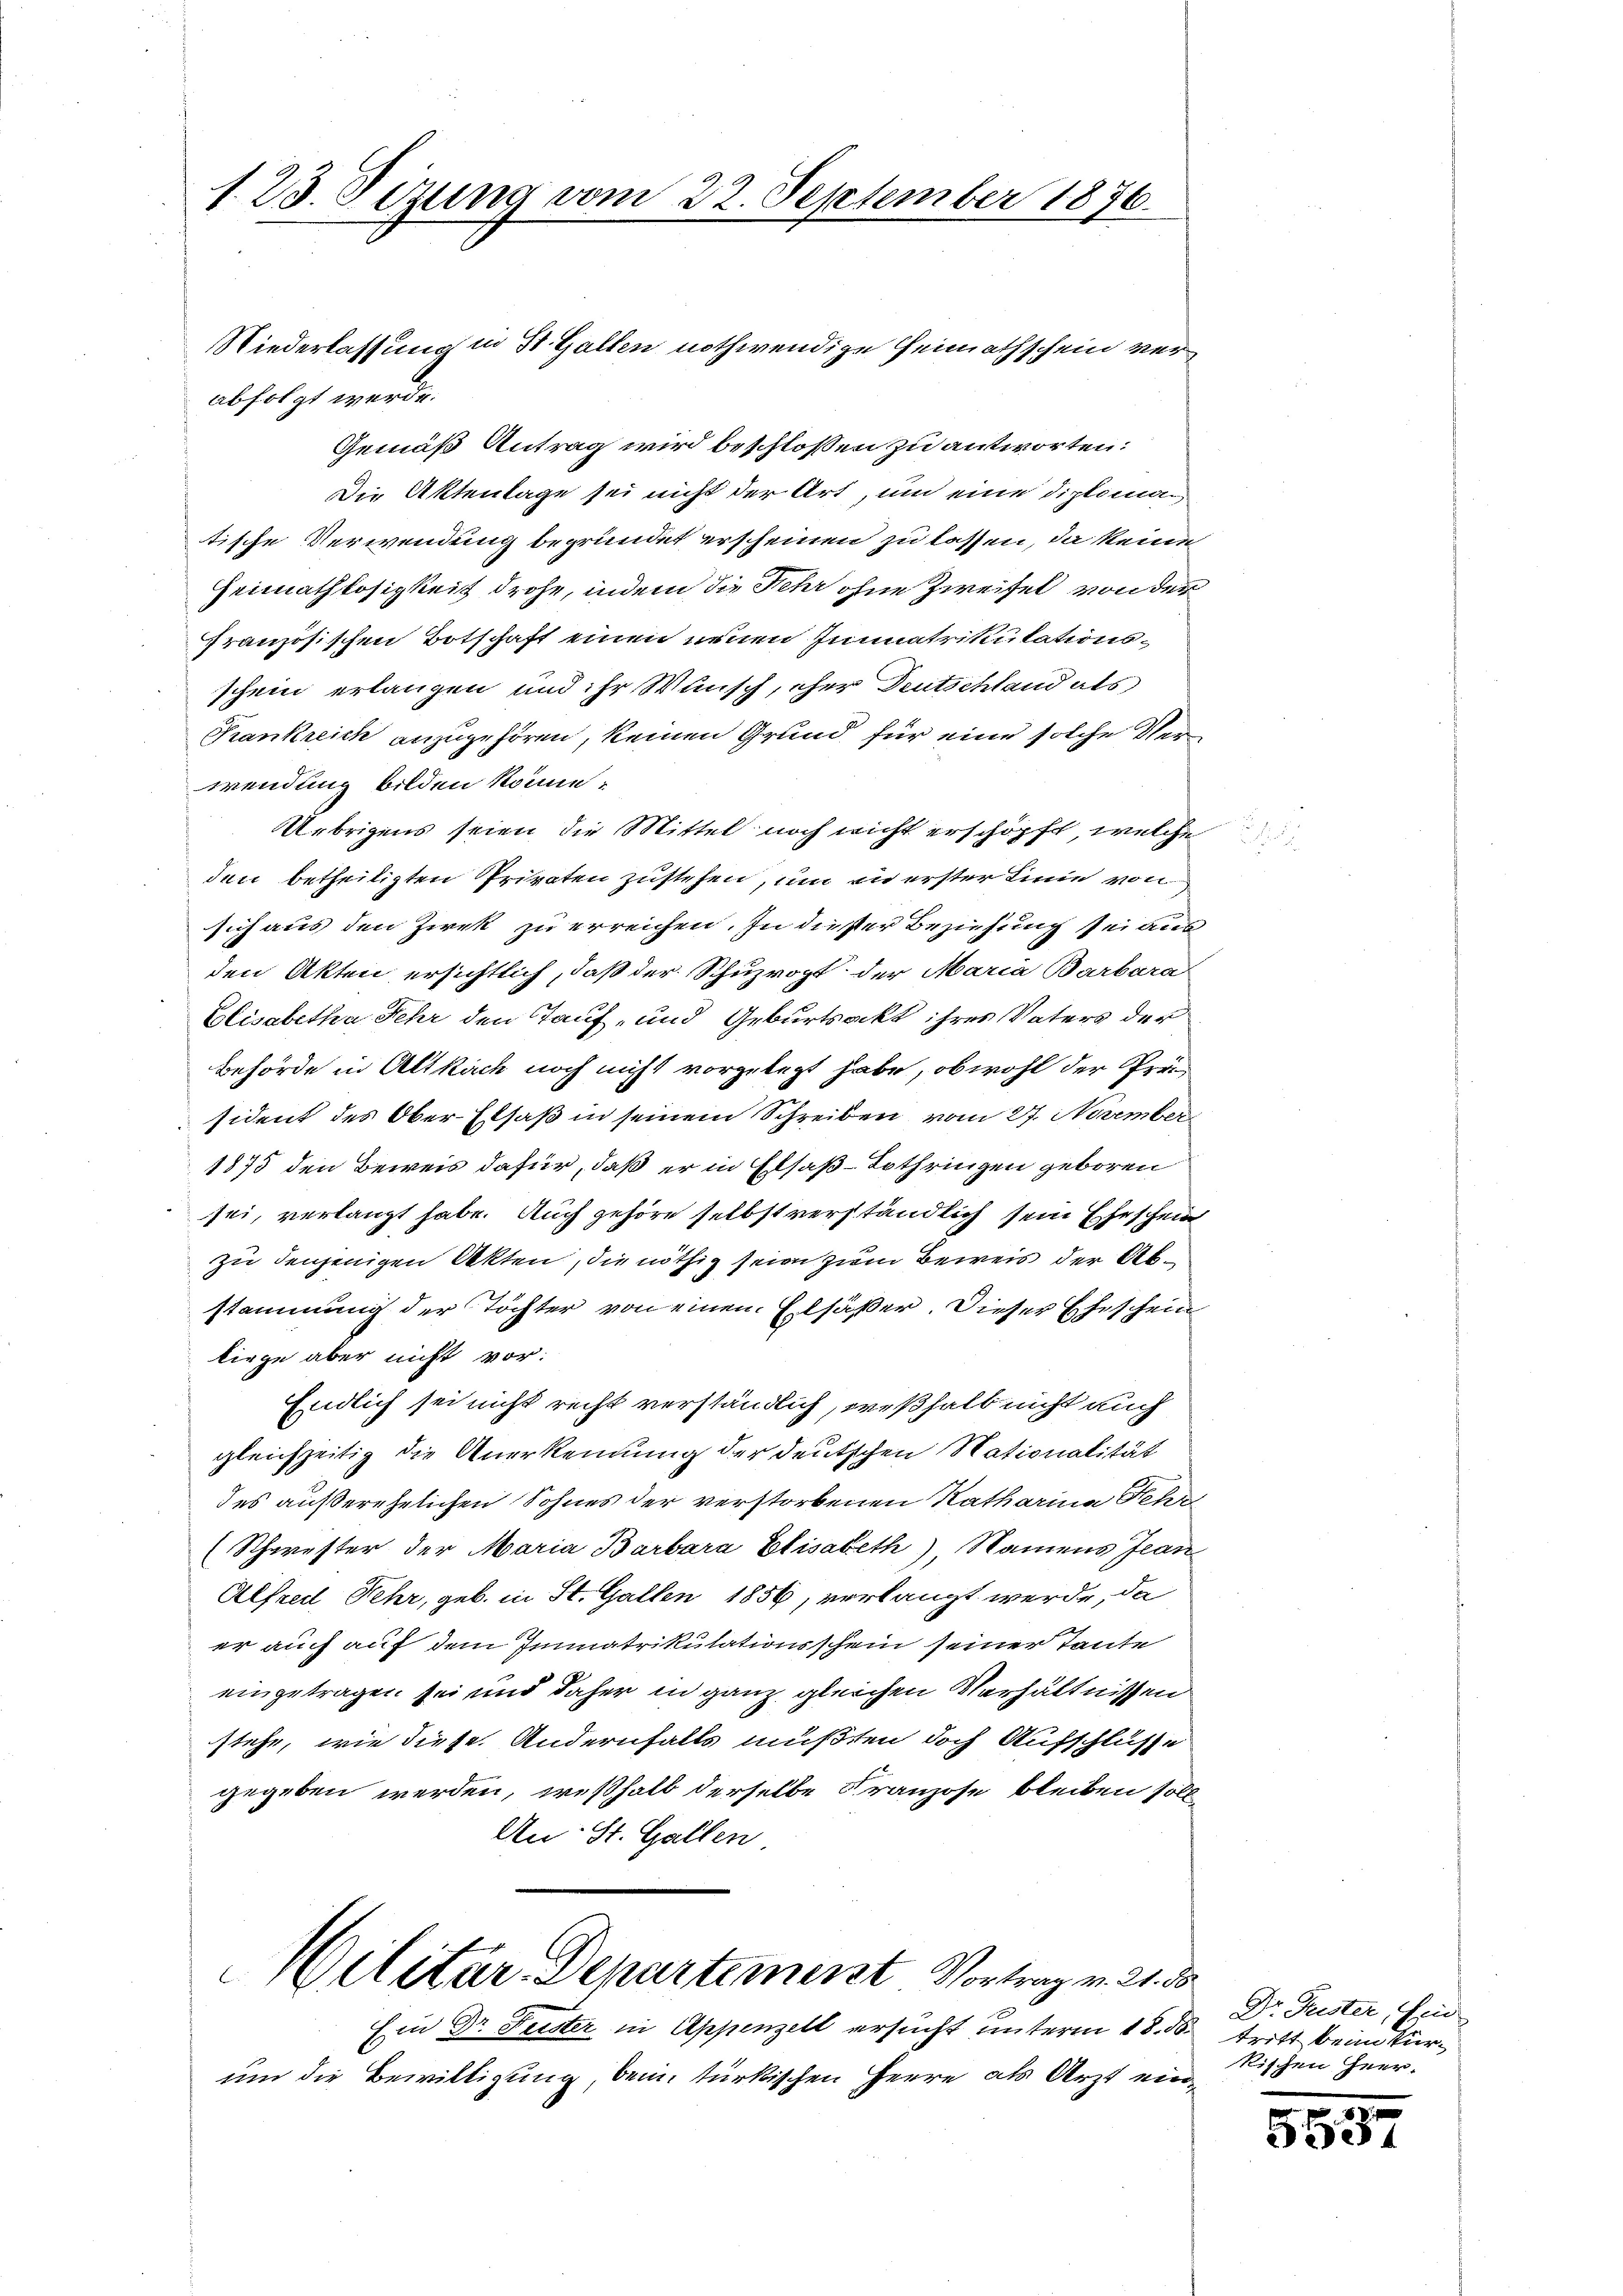
123. Sizung vom 22. September 1876.

Niederlassung in St. Gallen nothwendige Heimathschein ver¬
Gemäß Antrag wird beschlossen zu antworten:
Die Aktentage sei nicht der Art, um eine Diplomaitische Verwendung begründet erscheinen zu lassen, da keine
Heimathlosigkeit drohe, indem die Sehr ohne Zweifel von der
französischen Botschaft einen neuen Iunatrikulationsschein erlangen und ihr Wunsch, eher Deutschland als
Krankreich anzugehören, keinen Grund für eine solche Verwendung bilden könne,
Uebrigens seien die Mittel noch nicht erschöpft, welche
den betheiligten Privaten zustehen, um in erster Linie von
sich aus den Zirck zu erreichen. In dieser Beziehung sei aus
den Akten ersichtlich, daß der Schuzropt der Maria Barbara
Elisabetha Jehr den Tauf- und Geburtsakt ihres Vaters der
Behörde in Altkach noch nicht vorgelegt habe, obwohl der Präsident des Ober-Elsaß in seinem Schreiben vom 27. November
1875 den Beweis dafür, daß er in Elsaß-Lothringen geboren
sei, verlangt habe. Auch gehöre selbst verständlich sein Eheschein
zu denjenigen Akten, die nöthig seien zum Beweis der Abstammung der Töchter von einen Elsäßer. Dieser Eheschein
liege aber nicht vor.
Endlich sei nicht recht verständlich, weßhalb nicht auch
gleichzeitig die Anerkennung der deutschen Nationalität
des außerehelichen Sohnes der verstorbenen Katharina Fehr
(Schwester der Maria Barbara Elisabeth, Namens Jean
Alfred, Fehr, geb. in St. Gallen 1856, verlangt werde, da
er auch auf dem Immatrikulationsschein seiner Tante
eingetragen sei und daher in ganz gleichen Verhältnissen
stehe, wie diese Andernfalls mußten doch Aufschlüsse
gegeben werden, weßhalb derselbe Franzose bleiben soll
An: St. Gallen
Militär-Departement Vortrag v. 21. da
Ein Dr Suster in Appenzell ersucht unterm 18. ds tritt beim kürum die Bewilligung, beim türkischen Herre als Arzt ein¬

abfolgt werde.

Dr. Geister, Ein
kischen Heer-

.
5537